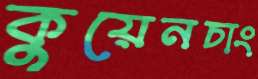
কুয়েনচাং